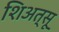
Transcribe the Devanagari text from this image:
शिअत्सू